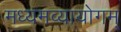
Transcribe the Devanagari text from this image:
मध्यमव्यायोगम्